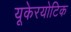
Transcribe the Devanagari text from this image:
यूकेरयोटिक